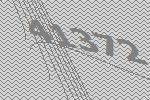
41372